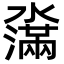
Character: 濷